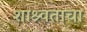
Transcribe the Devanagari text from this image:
शाश्र्वताचा